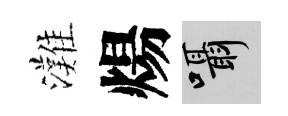
灘煬囁